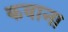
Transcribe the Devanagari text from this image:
कवाना